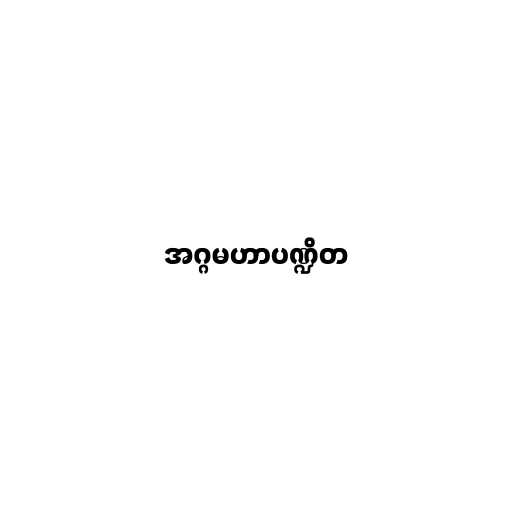
အဂ္ဂမဟာပဏ္ဍိတ